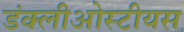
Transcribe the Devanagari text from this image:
डंक्लीओस्टीयस